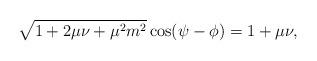
LaTeX: \begin{align*}\sqrt{ 1+2\mu \nu+\mu^2m^2}\cos(\psi-\phi)=1+\mu\nu,\end{align*}